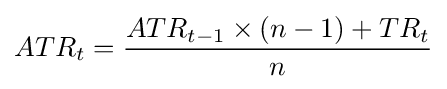
ATR_{t}={{ATR_{t-1}\times (n-1)+TR_{t}} \over n}